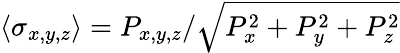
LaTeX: \langle\sigma_{x,y,z}\rangle=P_{x,y,z}/\sqrt{P_{x}^{2}+P_{y}^{2}+P_{z}^{2}}